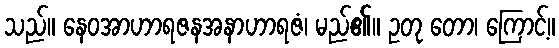
သည်။ နေဝအာဟာရဇနအနာဟာရဇံ၊ မည်၏။ ဥတု တော၊ ကြောင့်။